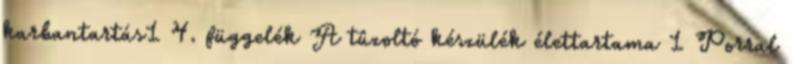
karbantartás1 4. függelék A tûzoltó készülék élettartama 1 Porral